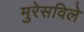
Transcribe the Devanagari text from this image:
मुरेसविले